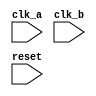
module timing_control_sync(
  input wire clk_a,
  input wire clk_b,
  input wire reset,
  // Add other input ports as needed
  
  // Add output ports as needed
);

// Add Verilog code for timing control and synchronization blocks here

endmodule